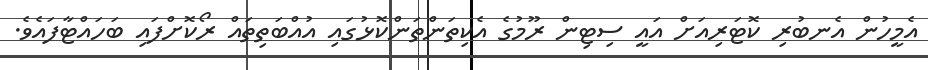
އެމީހުން އެނބުރި ކޮޓަރިއަށް އައީ ސިޓިން ރޫމުގެ އެކިތަންތަންކޮޅުގައި އުއްބަތިތައް ރޯކޮށްފައި ބަހައްޓާފައެވެ.